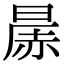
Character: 㬄